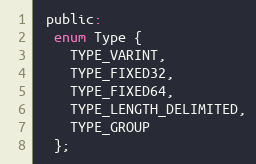
Language: C
 public:
  enum Type {
    TYPE_VARINT,
    TYPE_FIXED32,
    TYPE_FIXED64,
    TYPE_LENGTH_DELIMITED,
    TYPE_GROUP
  };